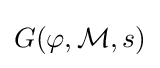
G(\varphi ,{\mathcal {M}},s)